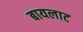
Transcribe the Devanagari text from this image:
बायलाट